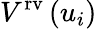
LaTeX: V^{\mathrm{{rv}}}\left(u_{i}\right)